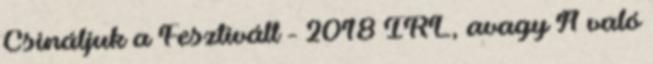
Csináljuk a Fesztivált - 2018 IRL, avagy A való